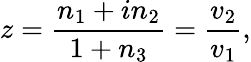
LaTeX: z=\frac{n_{1}+in_{2}}{1+n_{3}}=\frac{v_{2}}{v_{1}},